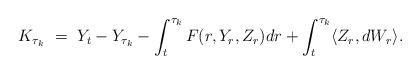
LaTeX: \begin{align*}K_{\tau_k} \ = \ Y_t - Y_{\tau_k} - \int_t^{\tau_k} F(r,Y_r,Z_r) dr + \int_t^{\tau_k} \langle Z_r,dW_r\rangle.\end{align*}